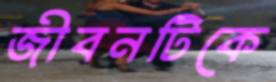
জীবনটিকে